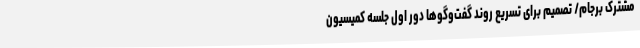
مشترک برجام/ تصمیم برای تسریع روند ‌گفت‌وگوها دور اول جلسه کمیسیون